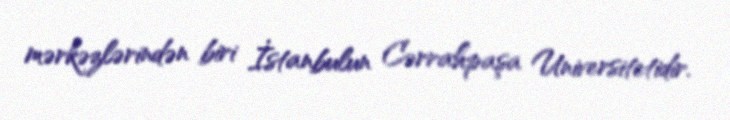
mərkəzlərindən biri İstanbulun Cərrahpaşa Universitetidir.